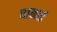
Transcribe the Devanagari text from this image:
बानार्ड